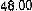
48.00